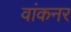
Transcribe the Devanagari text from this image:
वांकनर